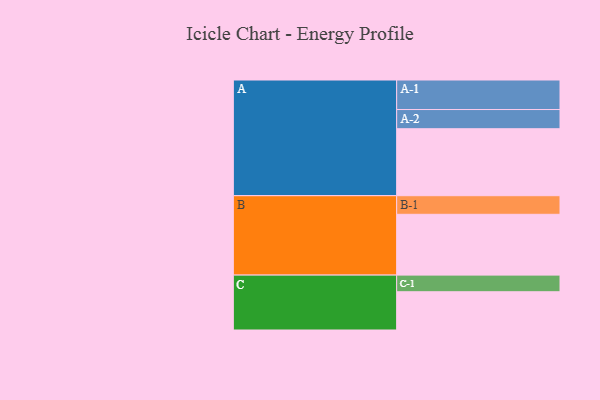
{"axis": {"x": "Segment", "y": "Value"}, "legend": ["", "A", "B", "C"], "data": [{"x": "A", "y": 576, "type": ""}, {"x": "B", "y": 523, "type": ""}, {"x": "C", "y": 329, "type": ""}, {"x": "A-1", "y": 254, "type": "A"}, {"x": "A-2", "y": 165, "type": "A"}, {"x": "B-1", "y": 160, "type": "B"}, {"x": "C-1", "y": 143, "type": "C"}]}